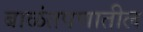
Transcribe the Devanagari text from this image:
बाळंतपणातील